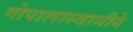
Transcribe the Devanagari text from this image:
गोपालास्वामीने